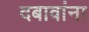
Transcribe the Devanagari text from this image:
दबावांना